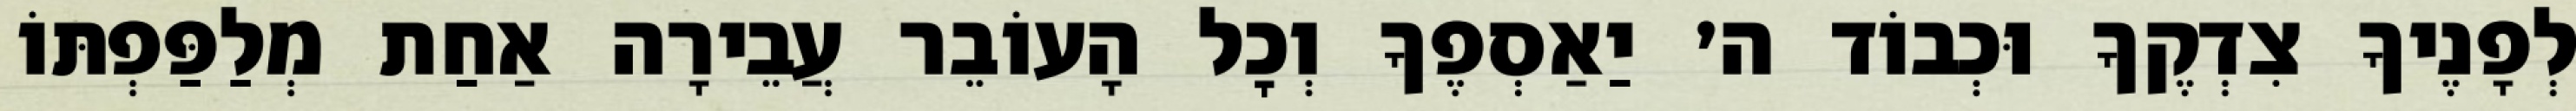
לְפָנֶיךָ צִדְקֶךָ וּכְבוֹד ה׳ יַאַסְפֶךָ וְכׇל הָעוֹבֵר עֲבֵירָה אַחַת מְלַפַּפְתּוֹ